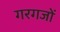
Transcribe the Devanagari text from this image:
गरगजों